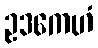
ဥဒကေဟံ